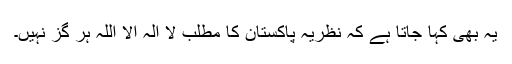
یہ بھی کہا جاتا ہے کہ نظریہ پاکستان کا مطلب لا الہ الا اللہ ہر گز نہیں۔